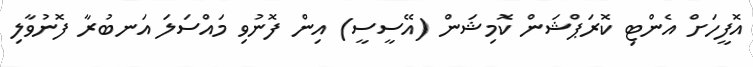
އޮފީހަށް އެންޓި ކޮރަޕްޝަން ކޮމިޝަން (އޭސީސީ) އިން ފޮނުވި މައްސަލަ އަނބުރާ ފޮނުވާލި